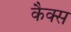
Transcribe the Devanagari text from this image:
कैक्स